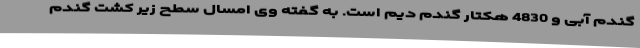
گندم آبی و 4830 هکتار گندم دیم است. به گفته وی امسال سطح زیر کشت گندم